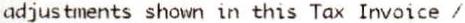
ADJUSTMENTS SHOWN IN THIS TAX INVOICE /